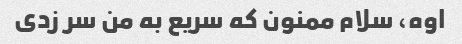
اوه، سلام ممنون که سریع به من سر زدی